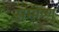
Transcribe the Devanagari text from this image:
समोष्ण